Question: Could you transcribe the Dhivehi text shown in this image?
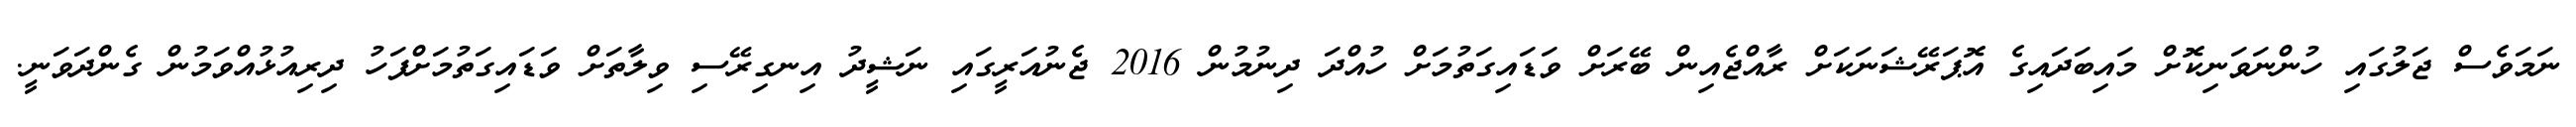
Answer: ނަމަވެސް ޖަލުގައި ހުންނަވަނިކޮށް މައިބަދައިގެ އޮޕަރޭޝަނަކަށް ރާއްޖެއިން ބޭރަށް ވަޑައިގަތުމަށް ހުއްދަ ދިނުމުން 2016 ޖެނުއަރީގައި ނަޝީދު އިނގިރޭސި ވިލާތަށް ވަޑައިގަތުމަށްފަހު ދިރިއުޅުއްވަމުން ގެންދަވަނީ.